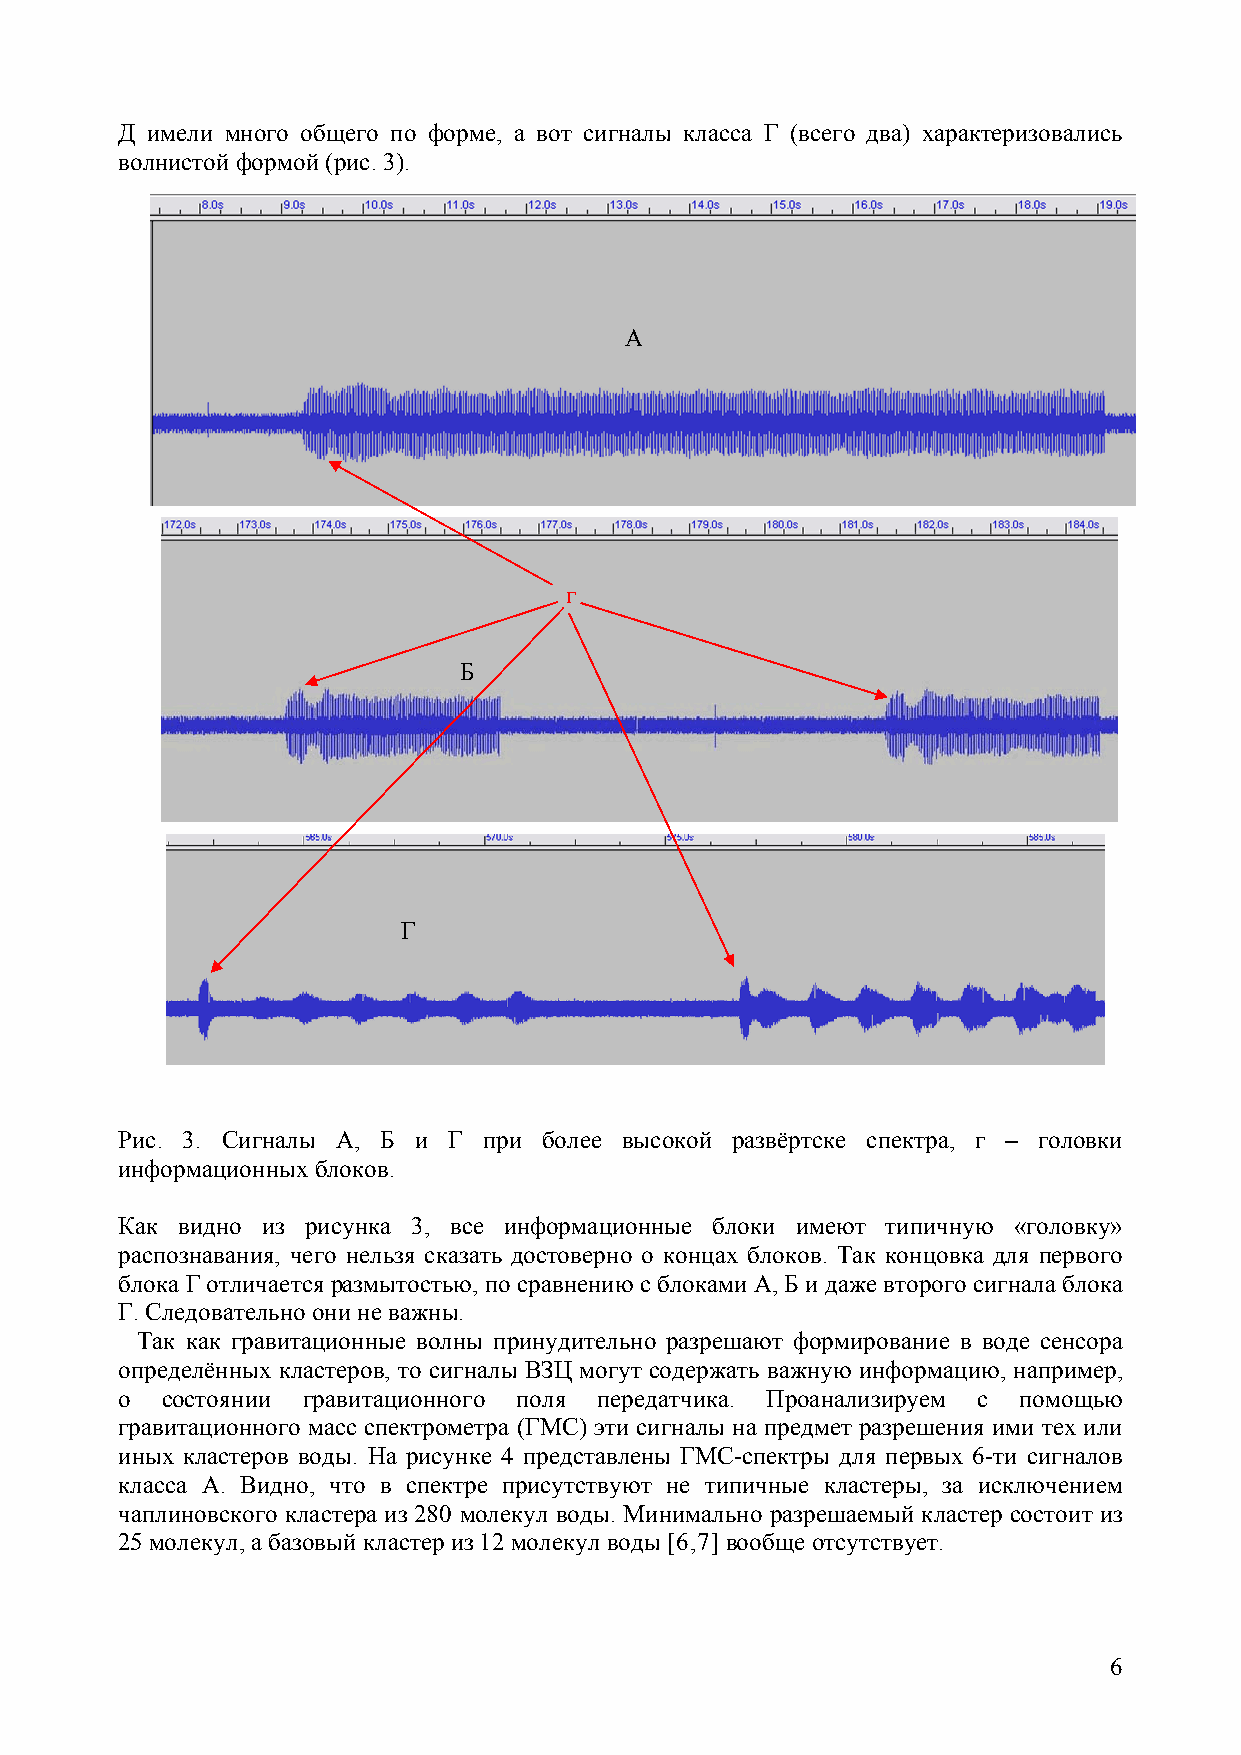
Д имели много общего по форме, а вот сигналы класса Г (всего два) характеризовались
 волнистой формой (рис. 3).
 А
 г
 Б
 Г
 Рис. 3. Сигналы А, Б и Г при более высокой развёртске спектра, г – головки
 информационных блоков.
 Как видно из рисунка 3, все информационные блоки имеют типичную «головку»
 распознавания, чего нельзя сказать достоверно о концах блоков. Так концовка для первого
 блока Г отличается размытостью, по сравнению с блоками А, Б и даже второго сигнала блока
 Г. Следовательно они не важны.
 Так как гравитационные волны принудительно разрешают формирование в воде сенсора
 определённых кластеров, то сигналы ВЗЦ могут содержать важную информацию, например,
 о  состоянии гравитационного поля передатчика. Проанализируем с помощью
 гравитационного масс спектрометра (ГМС) эти сигналы на предмет разрешения ими тех или
 иных кластеров воды. На рисунке 4 представлены ГМС-спектры для первых 6-ти сигналов
 класса А. Видно, что в спектре присутствуют не типичные кластеры, за исключением
 чаплиновского кластера из 280 молекул воды. Минимально разрешаемый кластер состоит из
 25 молекул, а базовый кластер из 12 молекул воды [6,7] вообще отсутствует.
 6